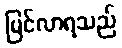
မြင်လာရသည်